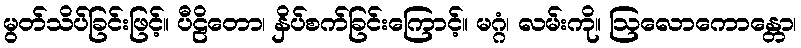
မွတ်သိပ်ခြင်းဖြင့်။ ပီဠိတော၊ နှိပ်စက်ခြင်းကြောင့်။ မဂ္ဂံ၊ လမ်းကို။ ဩလောကောန္တော၊